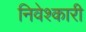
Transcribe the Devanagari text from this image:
निवेश्कारी